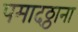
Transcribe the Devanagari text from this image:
पमादठ्ठाना